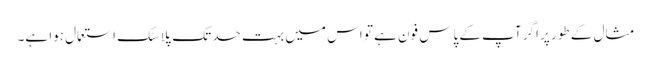
مثال کے طور پر اگر آپ کے پاس فون ہے تو اس میں بہت حد تک پلاسٹک استعمال ہوا ہے۔